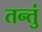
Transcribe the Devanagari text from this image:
तन्तुं